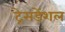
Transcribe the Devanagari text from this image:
ट्रेसडेंशल